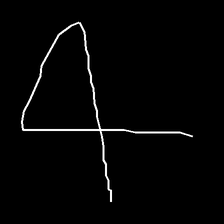
Glyph: collection